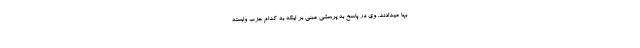
بها میدادند. وی در پاسخ به پرسشی مبنی بر اینکه به کدام حزب وابسته